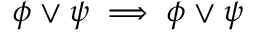
\phi \lor \psi \implies \phi \lor \psi